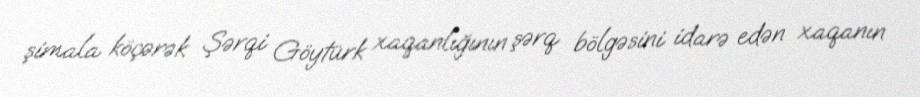
şimala köçərək Şərqi Göytürk xaqanlığının şərq bölgəsini idarə edən xaqanın